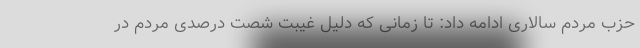
حزب مردم سالاری ادامه داد: تا زمانی که دلیل غیبت شصت درصدی مردم در